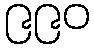
၉၉၀